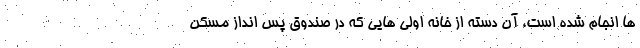
ها انجام شده است، آن دسته از خانه اولی هایی که در صندوق پس انداز مسکن